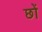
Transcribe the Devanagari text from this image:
छों